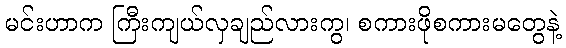
မင်းဟာက ကြီးကျယ်လှချည်လားကွ၊ စကားဖိုစကားမတွေနဲ့